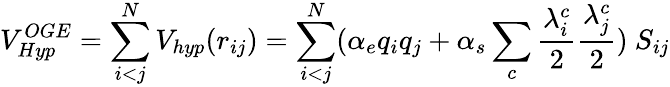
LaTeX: V_{Hyp}^{OGE}=\sum_{i<j}^{N}V_{hyp}(r_{ij})=\sum_{i<j}^{N}(\alpha_{e}q_{i}q_{j}+\alpha_{s}\sum_{c}\frac{\lambda_{i}^{c}}{2}\frac{\lambda_{j}^{c}}{2})\ S_{ij}